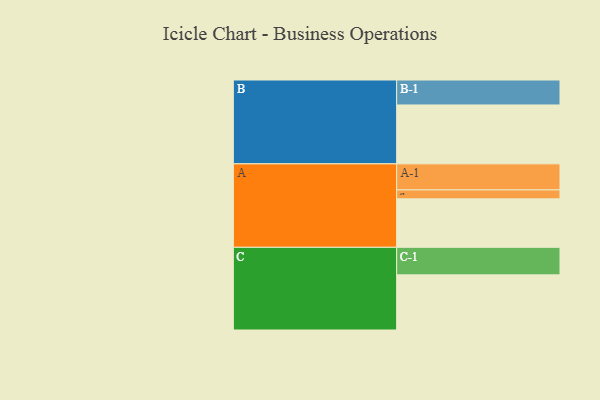
{"axis": {"x": "Segment", "y": "Value"}, "legend": ["", "A", "B", "C"], "data": [{"x": "A", "y": 493, "type": ""}, {"x": "B", "y": 599, "type": ""}, {"x": "C", "y": 561, "type": ""}, {"x": "A-1", "y": 265, "type": "A"}, {"x": "A-2", "y": 91, "type": "A"}, {"x": "B-1", "y": 254, "type": "B"}, {"x": "C-1", "y": 280, "type": "C"}]}